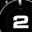
Digit: 2